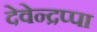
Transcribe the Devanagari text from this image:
देवेन्द्रप्पा